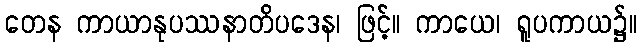
တေန ကာယာနုပဿနာတိပဒေန၊ ဖြင့်။ ကာယေ၊ ရူပကာယ၌။